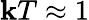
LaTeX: \mathbf{k}T\approx1